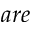
a r e